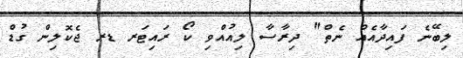
ލިބޭނެ ފައިދާއެއް ނެތް" ދިރާސާ ލިއުއްވި ކޯ ރައިޓަރ ޑރ ޖެކޮލިން ގުޑް